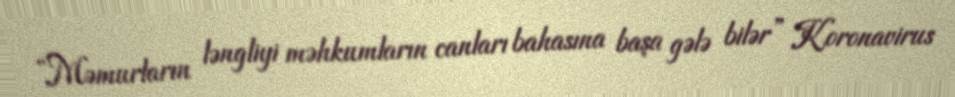
“Məmurların ləngliyi məhkumların canları bahasına başa gələ bilər” Koronavirus